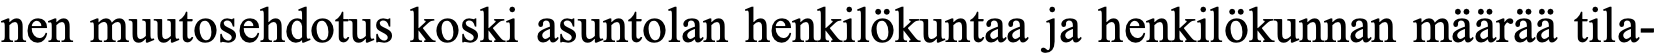
nen muutosehdotus koski asuntolan henkilökuntaa ja henkilökunnan määrää tila-